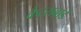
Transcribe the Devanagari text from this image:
कैट्सबाई